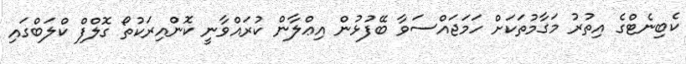
ކެބިނެޓްގެ އިތުރު މަގާމުތަކަށް ހަމަޖައްސަވާ ބޭފުޅުން އިޢްލާން ކުރައްވާނީ ކޮންއިރަކުތޯ ގޮލްފް ކްލަބްގައި